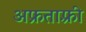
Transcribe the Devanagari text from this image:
अफ्रताफ़्री